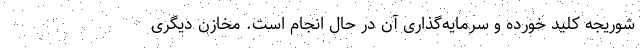
شوریجه کلید خورده و سرمایه‌گذاری آن در حال انجام است. مخازن دیگری